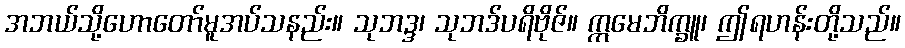
အဘယ်သို့ဟောတော်မူအပ်သနည်း။ သုဘဒ္ဒ၊ သုဘဒ်ပရိဗိုဇ်။ ဣမေဘိက္ခူ၊ ဤရဟန်းတို့သည်။